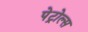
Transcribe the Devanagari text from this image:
पेट्रोल्स